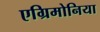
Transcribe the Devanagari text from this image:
एग्रिमोनिया